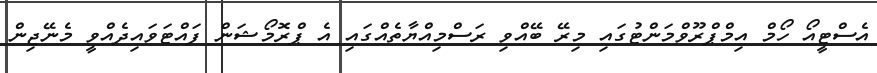
އެސްޓީއޯ ހޯމް އިމްޕްރޫވްމަންޓުގައި މިރޭ ބޭއްވި ރަސްމިއްޔާތެއްގައި އެ ޕްރޮމޯޝަން ފައްޓަވައިދެއްވީ މެނޭޖިން